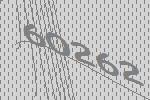
60262